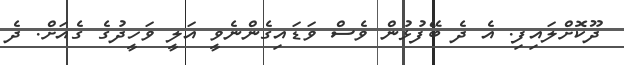
ދޫކޮށްލައިފި. އެ ދެ ބޭފުޅުން ވެސް ވަޑައިގެންނެވީ އަލީ ވަހީދުގެ ގެއަށް. ދެ